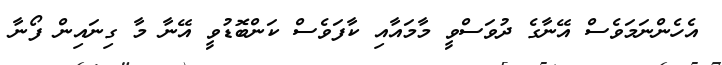
އެހެންނަމަވެސް އޭނާގެ ދުވަސްވީ މާމައާއި ކާފަވެސް ކަންބޮޑުވީ އޭނާ މާ ގިނައިން ފޯނާ